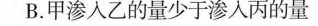
B.甲渗入乙的量少于渗入丙的量